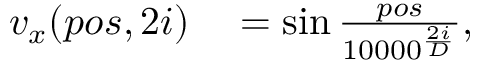
\begin{array} { r l } { v _ { x } ( p o s , 2 i ) } & { { } = \sin \frac { p o s } { 1 0 0 0 0 ^ { \frac { 2 i } { D } } } , } \end{array}